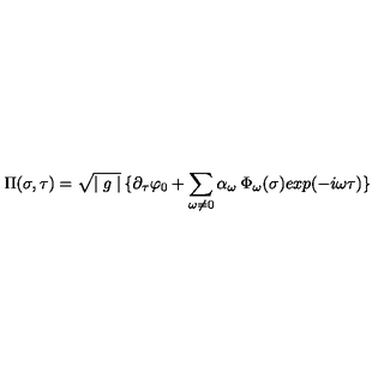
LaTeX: \Pi ( \sigma , \tau ) = \sqrt { \mid g \mid } \: \{ \partial _ { \tau } \varphi _ { 0 } + \sum _ { \omega \neq 0 } \alpha _ { \omega } \: \Phi _ { \omega } ( \sigma ) e x p ( - i \omega \tau ) \}